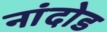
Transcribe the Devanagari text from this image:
नांदोड